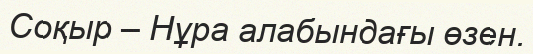
Соқыр – Нұра алабындағы өзен.